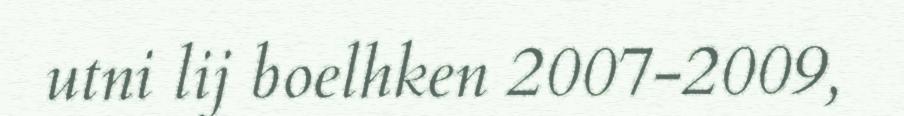
utni lij boelhken 2007-2009,